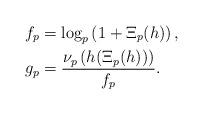
LaTeX: \begin{align*} f_p &= \log_p\left(1+ \Xi_p(h)\right) ,\\ g_p &= \frac{\nu_p\left(h(\Xi_p(h))\right)}{f_p}.\end{align*}